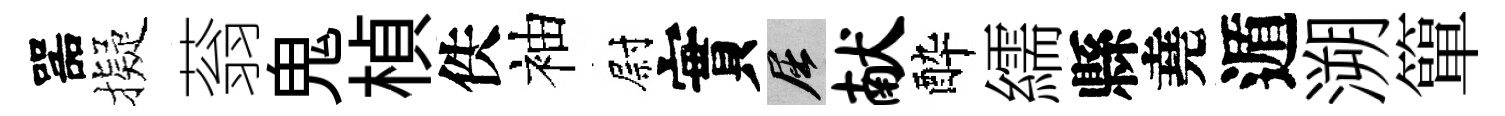
噐擬蓊鬼楨佚袖尉實屈献酔繻縣堯遁溯簞